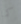
كما